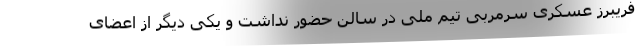
فریبرز عسکری سرمربی تیم ملی در سالن حضور نداشت و یکی دیگر از اعضای